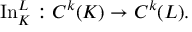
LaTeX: \operatorname { I n } _ { K } ^ { L } : C ^ { k } ( K ) \to C ^ { k } ( L ) .